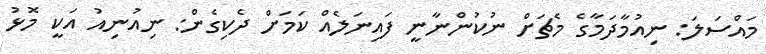
މައްސަލަ: ނިއުމާދަމާގެ މެޗަށް ނުކުންނާނީ ފައިނަލެއް ކަމަށް ދެކިގެން: ނިއުނިއު އަކީ މޮޅު